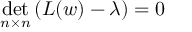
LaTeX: \operatorname * { d e t } _ { n \times n } \left( { \cal L } ( w ) - \lambda \right) = 0